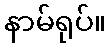
နာမ်ရုပ်။